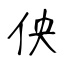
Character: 佒